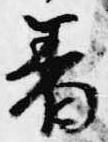
着